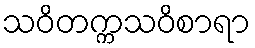
သဝိတက္ကသဝိစာရာ